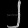
Digit: ၂